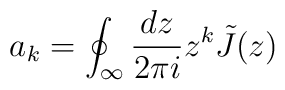
a_k = \oint_{\infty} \frac{dz}{2\pi i} z^k \tilde J(z)